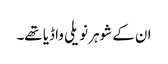
ان کے شوہر نویلی واڈیا تھے۔